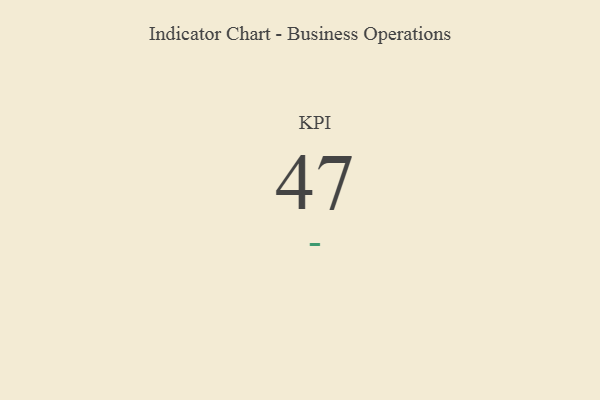
{"axis": {"x": "KPI", "y": "Value"}, "legend": [""], "data": [{"x": "KPI", "y": 47, "type": ""}]}